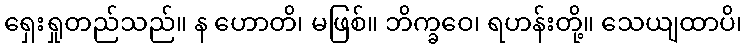
ရှေးရှုတည်သည်။ န ဟောတိ၊ မဖြစ်။ ဘိက္ခဝေ၊ ရဟန်းတို့။ သေယျထာပိ၊